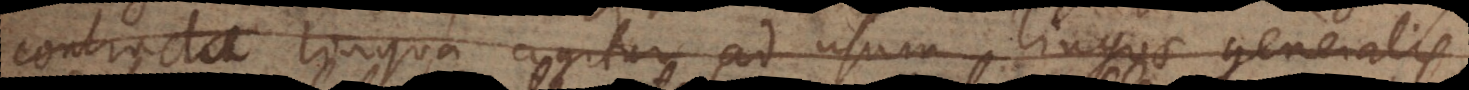
contracta lingua agitur ad usum linguae generalis,